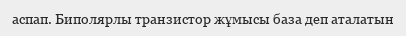
аспап. Биполярлы транзистор жұмысы база деп аталатын